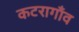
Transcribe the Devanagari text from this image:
कटरागाँव